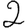
Digit: 2